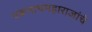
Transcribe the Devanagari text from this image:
एकनाथमहाराजांचे